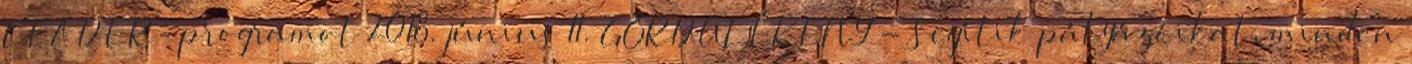
LEADER-programot 2018. június 11. GÖRDÜLÉKENY - Segítik pályázóikat, minden